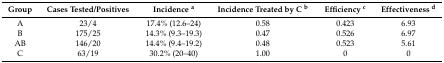
| Group | Cases Tested/Positives | Incidence a | Incidence Treated by C b | Efficiency c | Effectiveness d |
 | --- | --- | --- | --- | --- | --- |
 | A | 23/4 | 17.4% (12.6–24) | 0.58 | 0.423 | 6.93 |
 | B | 175/25 | 14.3% (9.3–19.3) | 0.47 | 0.526 | 6.97 |
 | AB | 146/20 | 14.4% (9.4–19.2) | 0.48 | 0.523 | 5.61 |
 | C | 63/19 | 30.2% (20–40) | 1.00 | 0 | 0 |